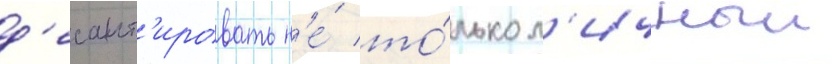
д'есант'ировать н'е́ то́лько л'ичныи